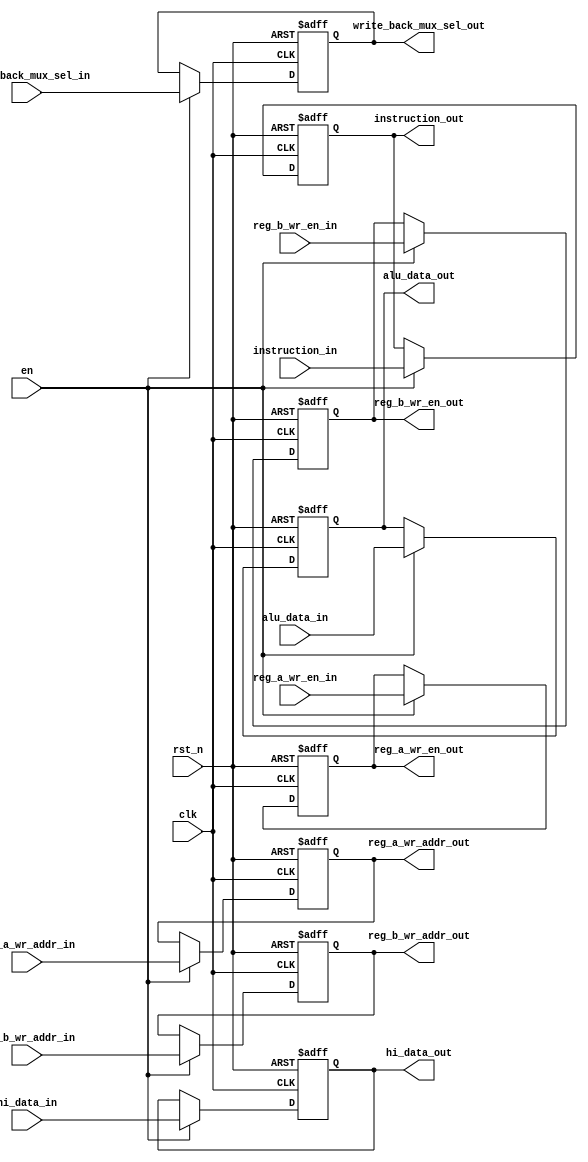
module mem_wb_reg
#(
   parameter DATA_WIDTH = 32,
   parameter INSTRUCTION_WIDTH = 32,
   parameter REG_ADDR_WIDTH = 5
  )
(
   input clk,
   input rst_n,
   input en,
   input write_back_mux_sel_in,
   input [DATA_WIDTH-1:0] alu_data_in,
   input [DATA_WIDTH-1:0] hi_data_in,
   input [REG_ADDR_WIDTH-1:0] reg_a_wr_addr_in,
   input [REG_ADDR_WIDTH-1:0] reg_b_wr_addr_in,
   input reg_a_wr_en_in,
   input reg_b_wr_en_in,
   input [INSTRUCTION_WIDTH-1:0] instruction_in,
   output reg write_back_mux_sel_out,
   output reg [DATA_WIDTH-1:0] alu_data_out,
   output reg [DATA_WIDTH-1:0] hi_data_out,
   output reg [REG_ADDR_WIDTH-1:0] reg_a_wr_addr_out,
   output reg [REG_ADDR_WIDTH-1:0] reg_b_wr_addr_out,
   output reg reg_a_wr_en_out,
   output reg reg_b_wr_en_out,
   output reg [INSTRUCTION_WIDTH-1:0] instruction_out
);
always@(posedge clk or negedge rst_n) begin
   if(~rst_n) begin
      write_back_mux_sel_out <= 0;
      alu_data_out <= 0;
      hi_data_out <= 0;
      reg_a_wr_addr_out <= 0;
      reg_b_wr_addr_out <= 0;
      reg_a_wr_en_out <= 0;
      reg_b_wr_en_out <= 0;
      instruction_out <= 0;
   end
   else if(en) begin
      write_back_mux_sel_out <= write_back_mux_sel_in;
      alu_data_out <= alu_data_in;
      hi_data_out <= hi_data_in;
      reg_a_wr_addr_out <= reg_a_wr_addr_in;
      reg_b_wr_addr_out <= reg_b_wr_addr_in;
      reg_a_wr_en_out <= reg_a_wr_en_in;
      reg_b_wr_en_out <= reg_b_wr_en_in;
      instruction_out <= instruction_in;
   end
end
endmodule